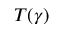
T ( \gamma )